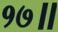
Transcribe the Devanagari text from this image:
१७॥